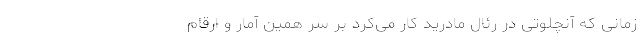
زمانی که آنچلوتی در رئال مادرید کار می‌کرد بر سر همین آمار و ارقام